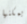
يمكنها